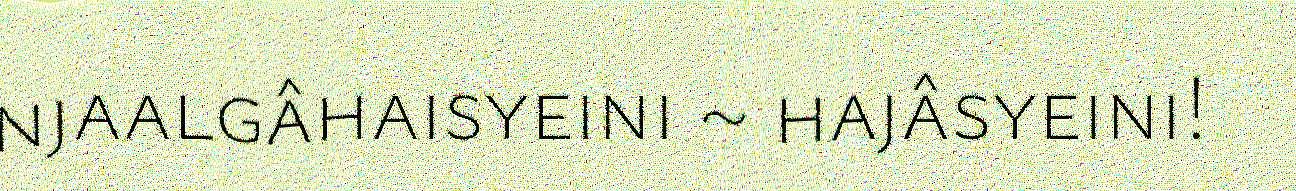
njaalgâhaisyeini ~ hajâsyeini!